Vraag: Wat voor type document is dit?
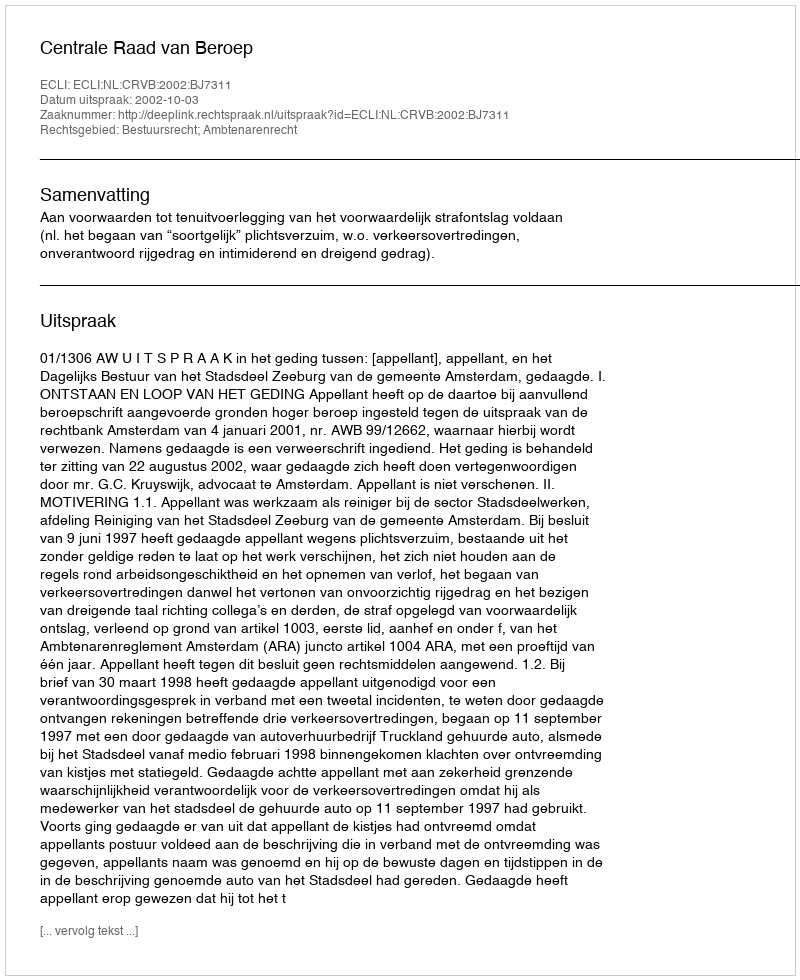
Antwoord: Uitspraak